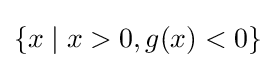
\{x\mid x>0,g(x)<0\}